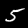
Label: 5